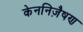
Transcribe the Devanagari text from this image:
केननिज़ैषण